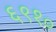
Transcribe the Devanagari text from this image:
६९१०